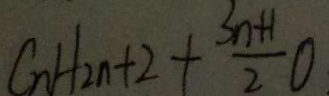
C n H 2 n + 2 + \frac { 3 n + 1 } { 2 } 0